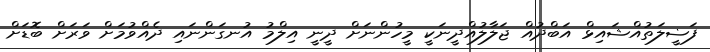
ފަޟީލަތުއްޝައިޅް އަބްދުއް ޖަލާލުއްދީނަކީ މީހުންނަށް ދީނީ އިލްމު އުނގަންނައި ދެއްވުމަށް ވަރަށް ބޮޑަށް